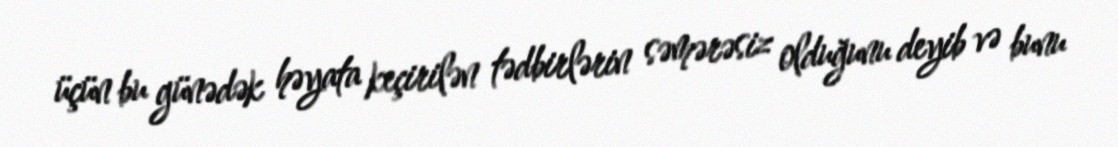
üçün bu günədək həyata keçirilən tədbirlərin səmərəsiz olduğunu deyib və bunu